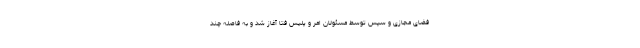
فضای مجازی و سپس توسط مسئولان امر و پلیس فتا آغاز شد و به فاصله چند